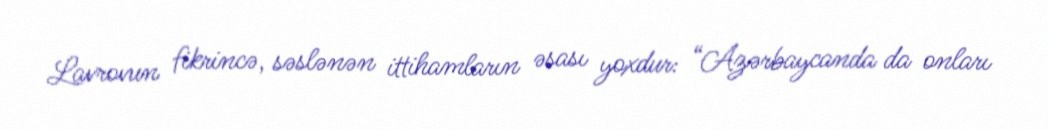
Lavrovun fikrincə, səslənən ittihamların əsası yoxdur: “Azərbaycanda da onları